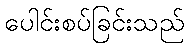
ပေါင်းစပ်ခြင်းသည်